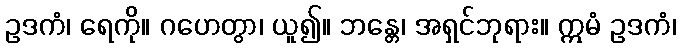
ဥဒကံ၊ ရေကို။ ဂဟေတွာ၊ ယူ၍။ ဘန္တေ၊ အရှင်ဘုရား။ ဣမံ ဥဒကံ၊